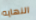
النهايه